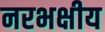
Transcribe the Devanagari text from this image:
नरभक्षीय